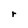
Character: r